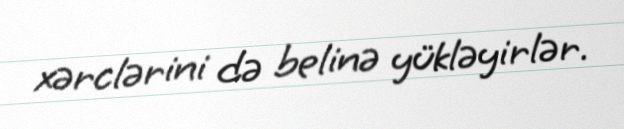
xərclərini də belinə yükləyirlər.